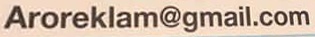
Aroreklam@mail.com